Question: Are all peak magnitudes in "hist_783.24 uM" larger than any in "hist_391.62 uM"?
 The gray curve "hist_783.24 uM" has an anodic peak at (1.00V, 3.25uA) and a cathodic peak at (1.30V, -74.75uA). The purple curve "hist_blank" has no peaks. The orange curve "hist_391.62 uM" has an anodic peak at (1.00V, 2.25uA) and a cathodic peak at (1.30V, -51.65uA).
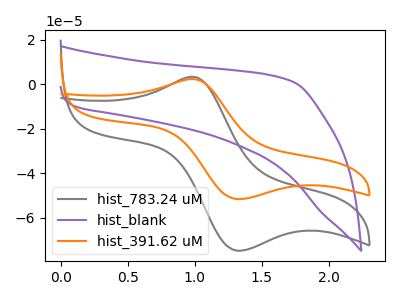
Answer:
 <answer>Every peak in "hist_783.24 uM" is higher than every peak in "hist_391.62 uM".</answer>
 <eval>higher</eval>